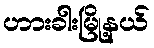
ဟားခါးမြို့နယ်